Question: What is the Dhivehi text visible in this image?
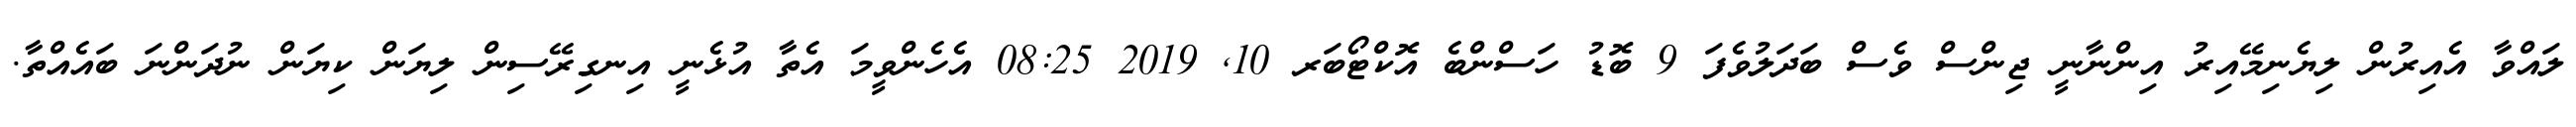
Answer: ލައްވާ އެއިރުން ލިޔެނިމޭއިރު އިންނާނީ ޖިންސް ވެސް ބަދަލުވެފަ 9 ބޮޑު ހަސްންބެ އޮކްޓޯބަރ 10, 2019 08:25 އެހެންވީމަ އެތާ އުޅެނީ އިނގިރޭސިން ލިޔަން ކިޔަން ނުދަންނަ ބައެއްތާ.